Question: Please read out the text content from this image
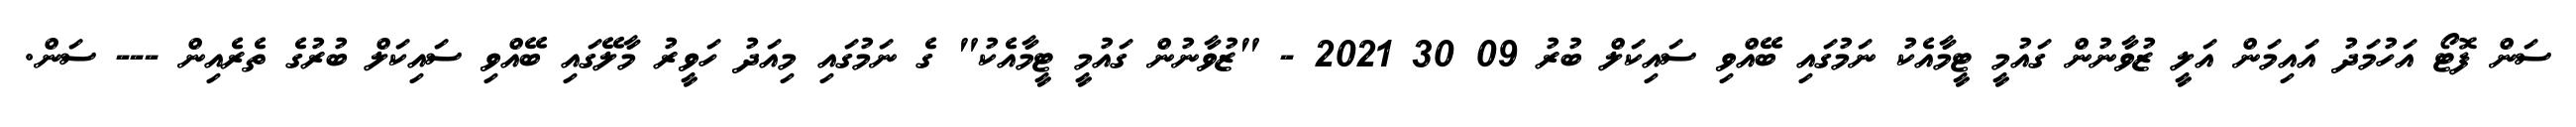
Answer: ސަން ފޮޓޯ އަހުމަދު އައިމަން އަލީ ޒުވާނުން ގައުމީ ޓީމާއެކު ނަމުގައި ބޭއްވި ސައިކަލް ބުރު 09 30 2021 - "ޒުވާނުން ގައުމީ ޓީމާއެކު" ގެ ނަމުގައި މިއަދު ހަވީރު މާލޭގައި ބޭއްވި ސައިކަލް ބުރުގެ ތެރެއިން --- ސަން.